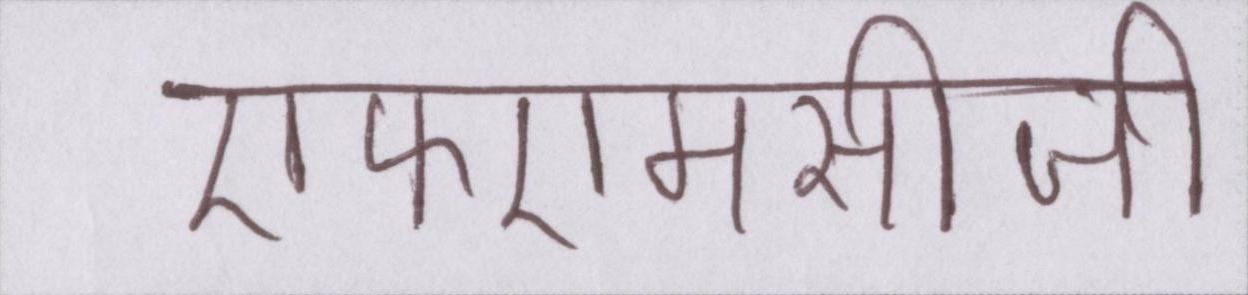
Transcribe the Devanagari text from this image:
एफएमसीजी